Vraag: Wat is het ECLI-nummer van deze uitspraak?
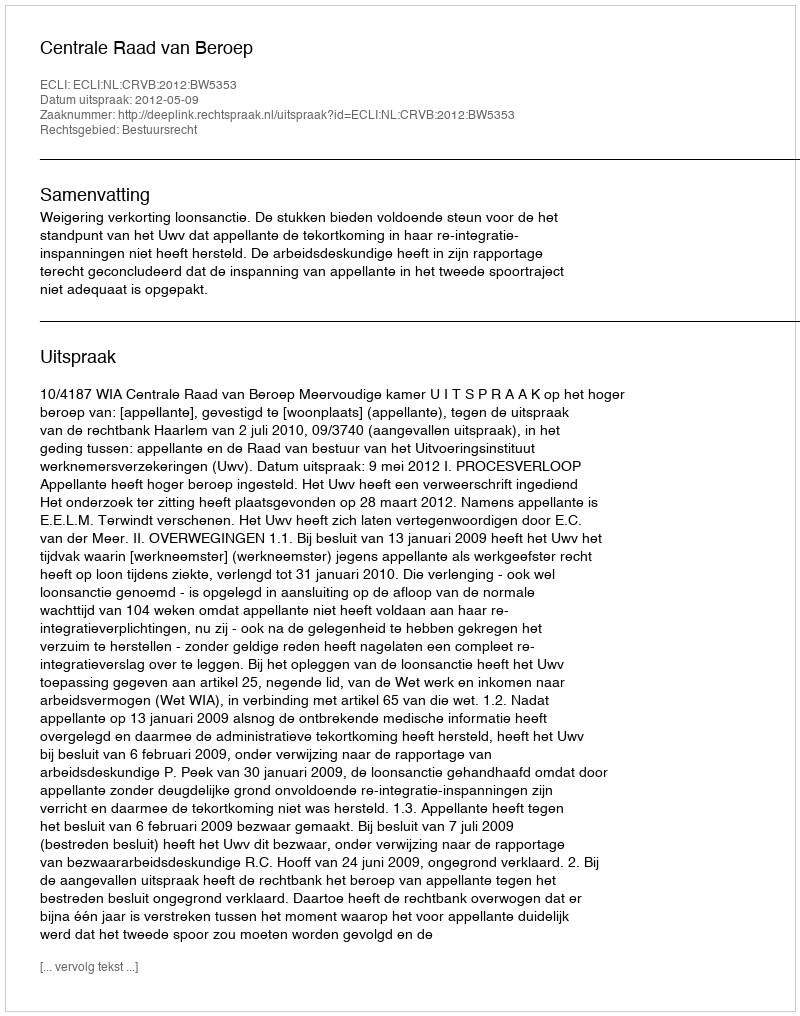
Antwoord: ECLI:NL:CRVB:2012:BW5353